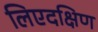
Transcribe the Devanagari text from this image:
लिएदक्षिण